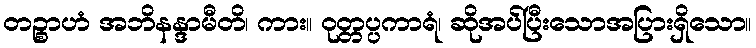
တဉ္စာဟံ အဘိနန္ဒာမီတိ၊ ကား။ ဝုတ္တပ္ပကာရံ၊ ဆိုအပ်ပြီးသောအပြားရှိသော။